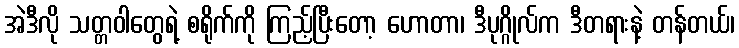
အဲဒီလို သတ္တဝါတွေရဲ့ စရိုက်ကို ကြည့်ပြီးတော့ ဟောတာ၊ ဒီပုဂ္ဂိုလ်က ဒီတရားနဲ့ တန်တယ်၊